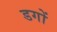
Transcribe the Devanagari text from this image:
डगों